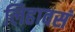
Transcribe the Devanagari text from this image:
लिहावसं